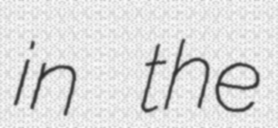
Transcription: in the